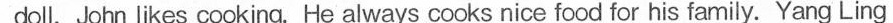
doll. John likes cooking. He always cooks nice food for his family. Yang Ling